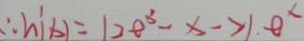
\therefore h ^ { \prime } ( b ) = 1 2 e ^ { 3 } - x - > 1 . e ^ { x }